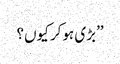
’’بڑی ہوکر کیوں؟